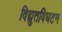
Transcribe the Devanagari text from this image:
विद्युतविघटन